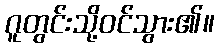
ဂူတွင်းသို့ဝင်သွား၏။